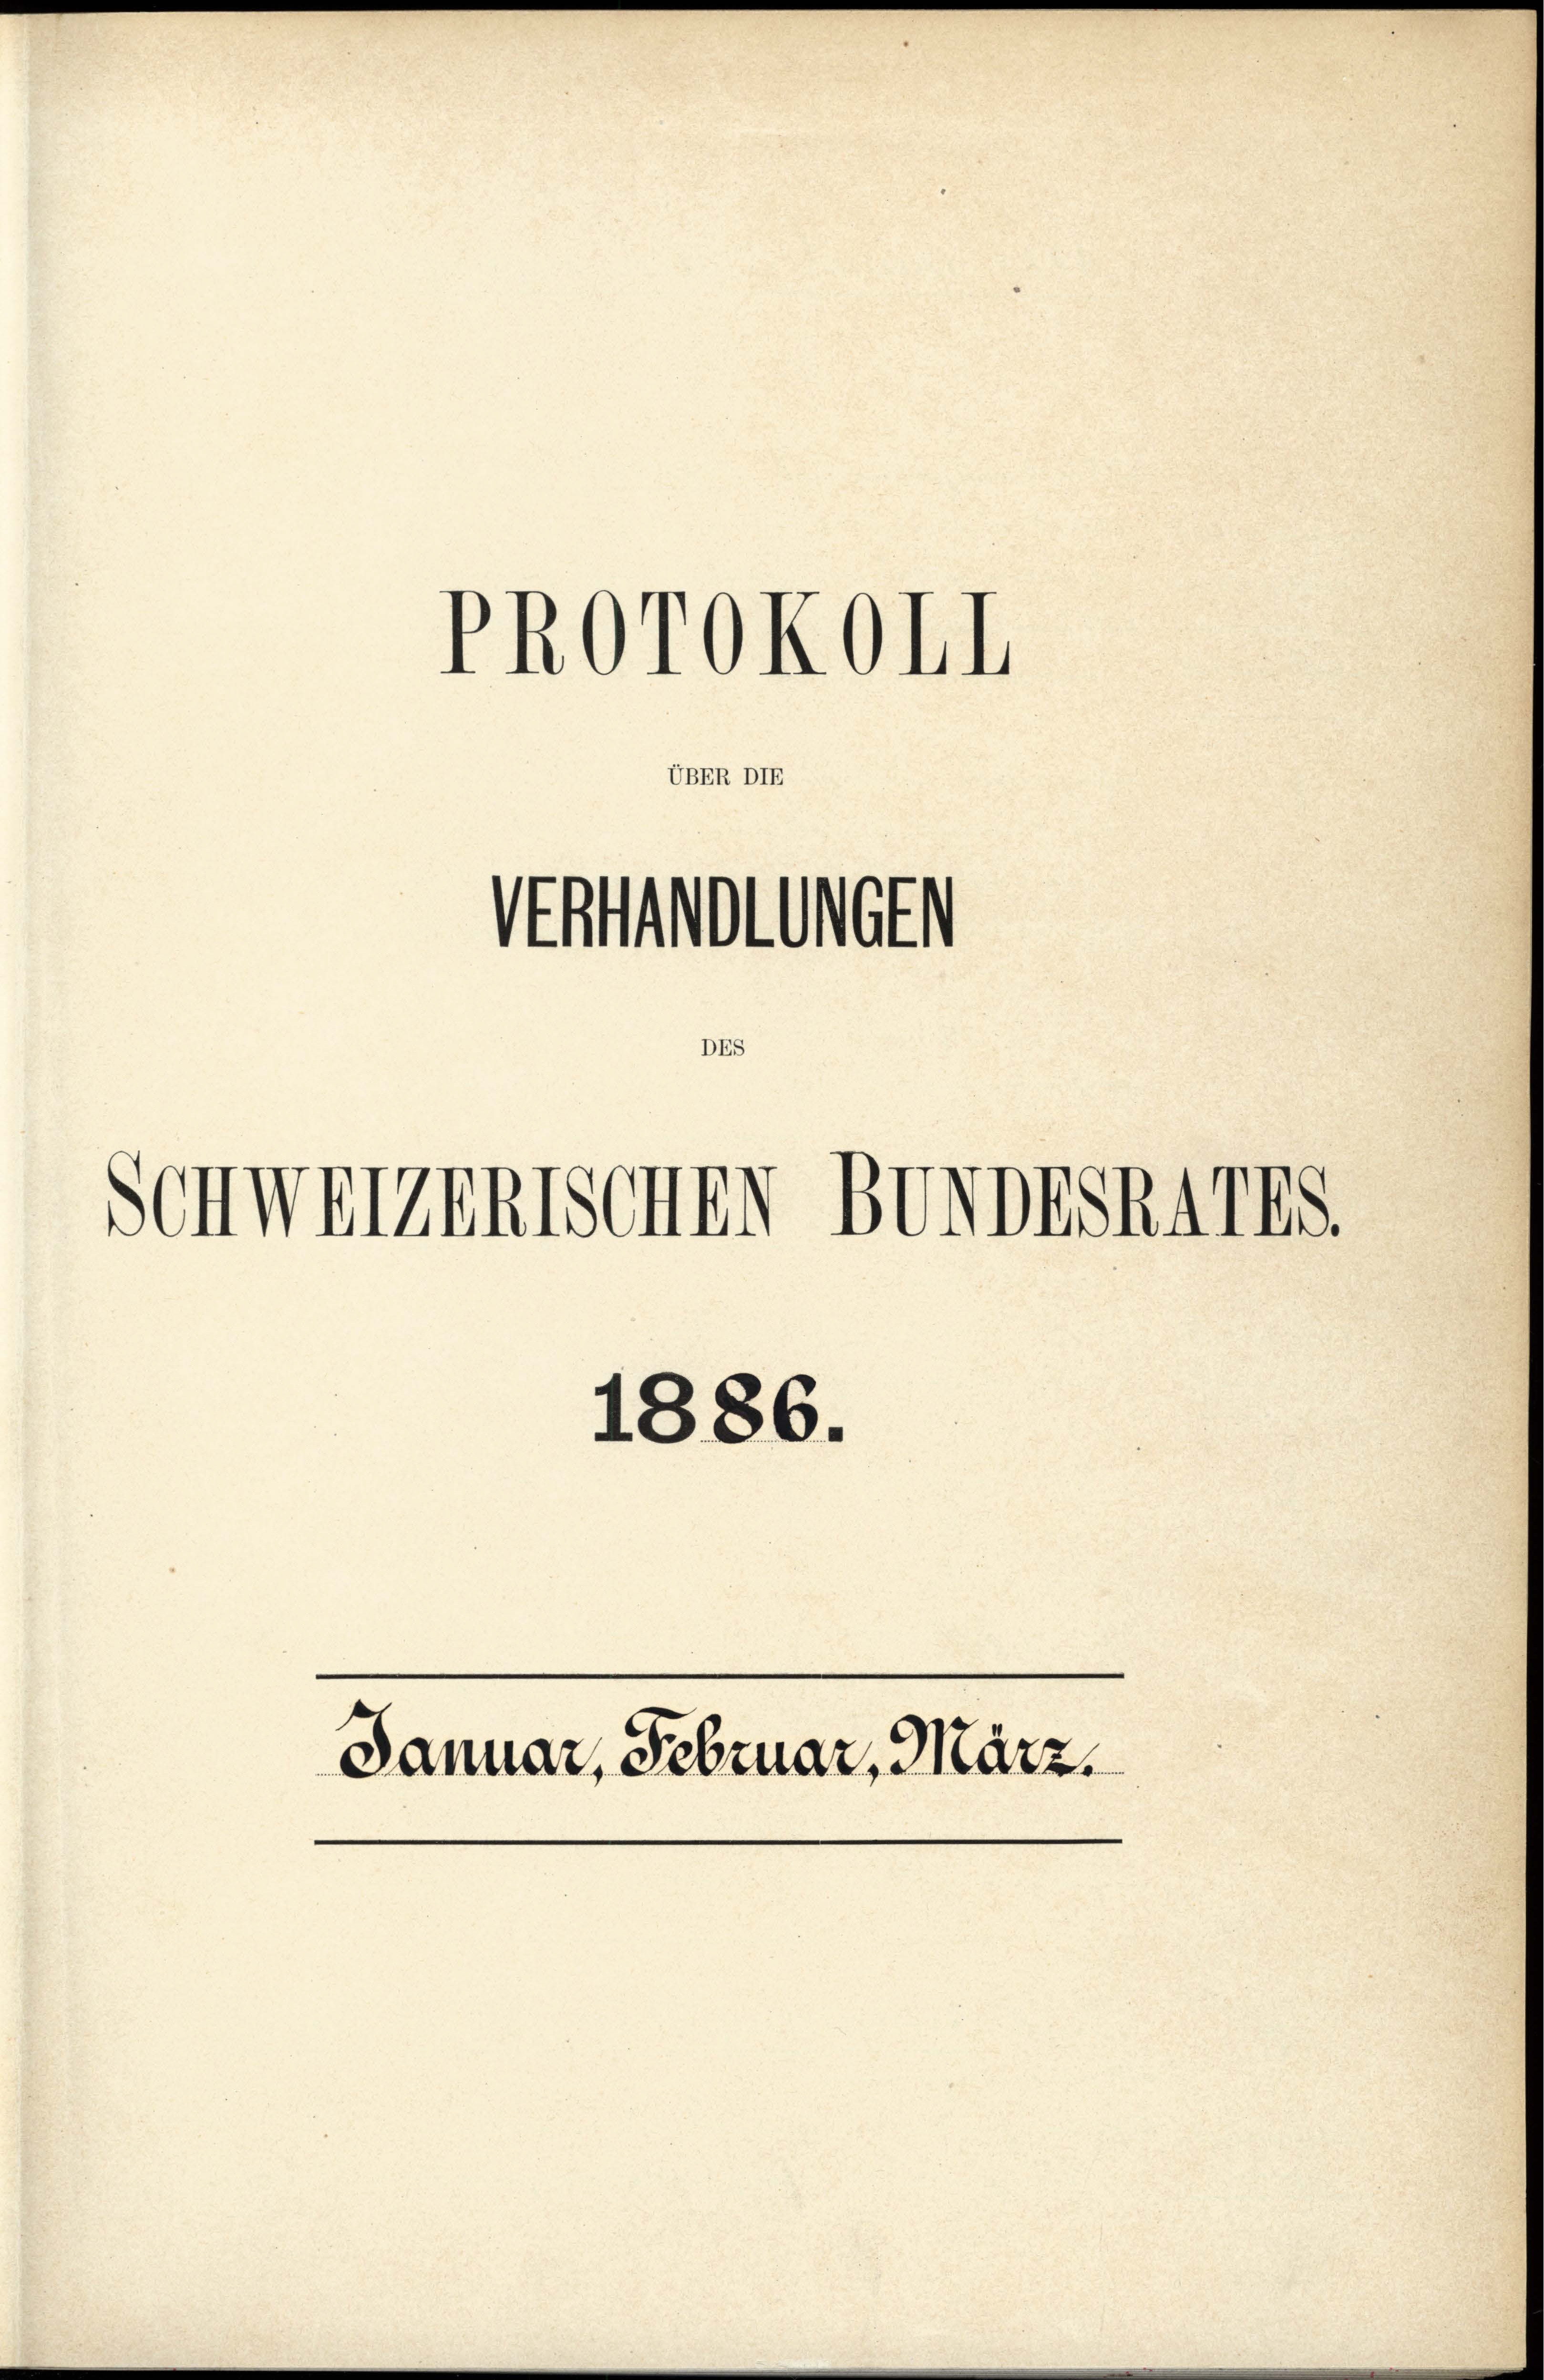
PROrOKOIL

Antonen

DES
Schweizerische BondrSR1748.

UBER DIE

1886.
Januar, Februar, März.